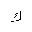
Letter: _kaf